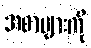
အစာများကို